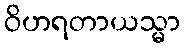
ဝိဟရတာယသ္မာ